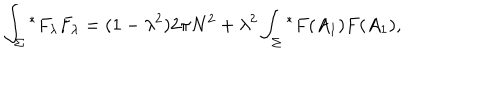
\int _ { \Sigma } { ^ \ast F _ { \lambda } } F _ { \lambda } = ( 1 - { \lambda } ^ { 2 } ) 2 \pi N ^ { 2 } + { \lambda } ^ { 2 } \int _ { \Sigma } { ^ \ast F ( A _ { 1 } ) F ( A _ { 1 } ) } ,